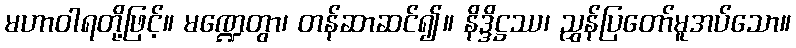
မဟာဝါရတို့ဖြင့်။ မဏ္ဍေတွာ၊ တန်ဆာဆင်၍။ နိဒ္ဒိဋ္ဌဿ၊ ညွှန်ပြတော်မူအပ်သော။